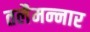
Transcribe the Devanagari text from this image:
तलैमन्‍नार